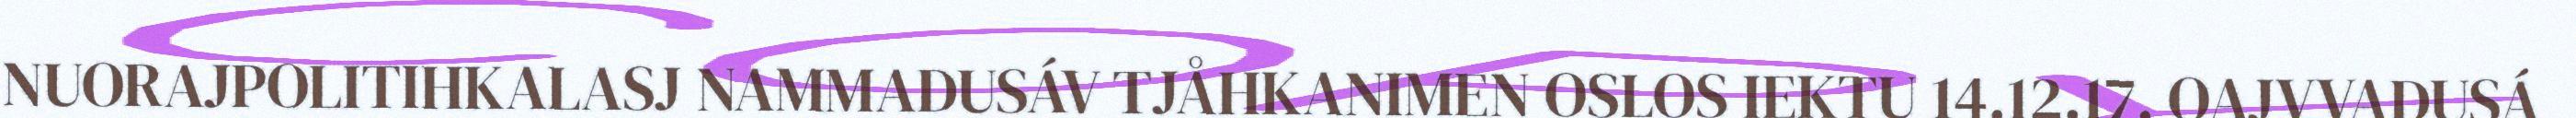
NUORAJPOLITIHKALASJ NAMMADUSÁV TJÅHKANIMEN OSLOS IEKTU 14.12.17. OAJVVADUSÁ